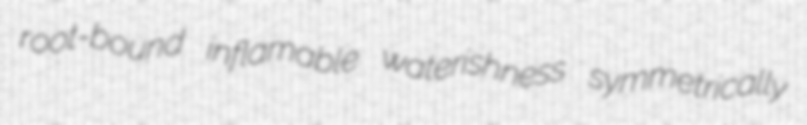
root-bound inflamable waterishness symmetrically